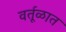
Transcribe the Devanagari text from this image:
वर्तूळात